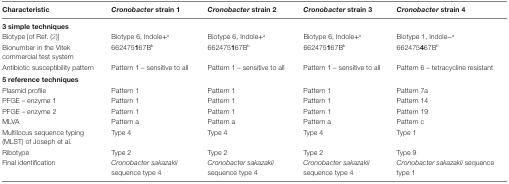
| Characteristic | Cronobacter strain 1 | Cronobacter strain 2 | Cronobacter strain 3 | Cronobacter strain 4 |
 | --- | --- | --- | --- | --- |
 | <COLSPAN=5> 3 simple techniques |
 | Biotype [of Ref. (2)] | Biotype 6, Indole+a | Biotype 6, Indole+a | Biotype 6, Indole+a | Biotype 1, Indole−a |
 | Bionumber in the Vitek commercial test system | 662475167Bb | 662475167Bb | 662475167Bb | 662475467Bb |
 | Antibiotic susceptibility pattern | Pattern 1 – sensitive to all | Pattern 1 – sensitive to all | Pattern 1 – sensitive to all | Pattern 6 – tetracycline resistant |
 | <COLSPAN=5> 5 reference techniques |
 | Plasmid profile | Pattern 1 | Pattern 1 | Pattern 1 | Pattern 7a |
 | PFGE – enzyme 1 | Pattern 1 | Pattern 1 | Pattern 1 | Pattern 14 |
 | PFGE – enzyme 2 | Pattern 1 | Pattern 1 | Pattern 1 | Pattern 19 |
 | MLVA | Pattern a | Pattern a | Pattern a | Pattern c |
 | Multilocus sequence typing (MLST) of Joseph et al. | Type 4 | Type 4 | Type 4 | Type 1 |
 | Ribotype | Type 2 | Type 2 | Type 2 | Type 9 |
 | Final identification | Cronobacter sakazakii sequence type 4 | Cronobacter sakazakii sequence type 4 | Cronobacter sakazakii sequence type 4 | Cronobacter sakazakii sequence type 1 |